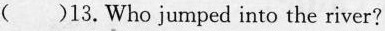
()13.Who jumped into the river?